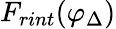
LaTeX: F_{rint}(\varphi_{\Delta})